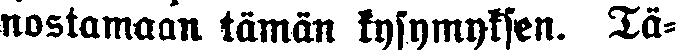
nostamaan tämän kysymyksen. Tä-